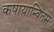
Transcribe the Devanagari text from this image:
कषायान्वितम्